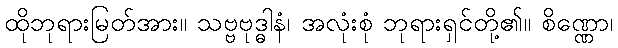
ထိုဘုရားမြတ်အား။ သဗ္ဗဗုဒ္ဓါနံ၊ အလုံးစုံ ဘုရားရှင်တို့၏။ စိဏ္ဏော၊